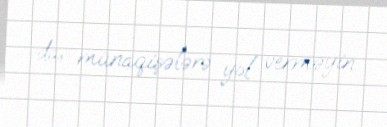
da, münaqişələrə yol verməyin.